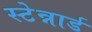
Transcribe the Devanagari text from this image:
स्टेन्नार्ड